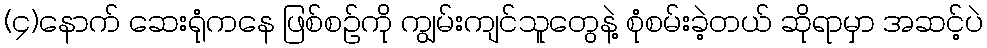
(၄)နောက် ဆေးရုံကနေ ဖြစ်စဉ်ကို ကျွမ်းကျင်သူတွေနဲ့ စုံစမ်းခဲ့တယ် ဆိုရာမှာ အဆင့်ပဲ